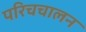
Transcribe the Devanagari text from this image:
परिचचालन